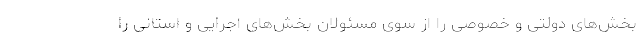
بخش‌های دولتی و خصوصی را از سوی مسئولان بخش‌های اجرایی و استانی را